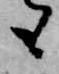
も